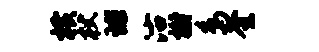
横杖球沽榭鸟奎